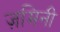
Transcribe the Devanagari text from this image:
ज़मिनी